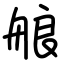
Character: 艆